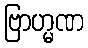
ဗြာဟ္မဏ